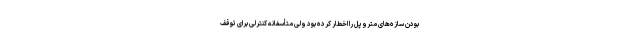
بودن سازه‌های متروپل را اخطار کرده بود ولی متأسفانه کنترلی برای توقف